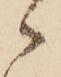
ゝ